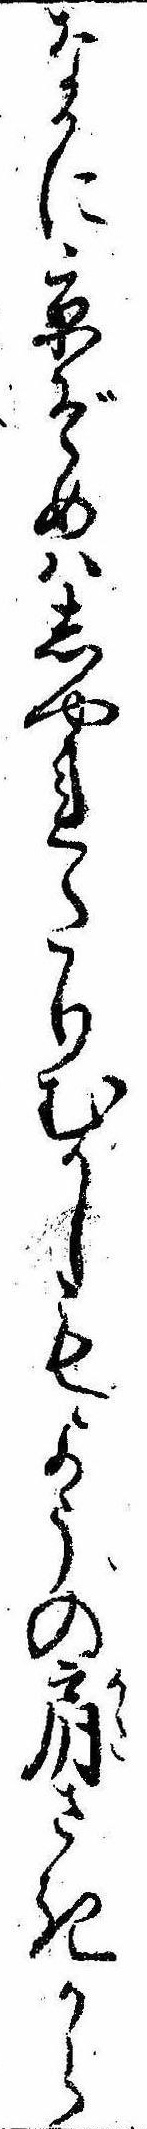
なかに京ぞめはしやれたりむかしもようの肩さきから